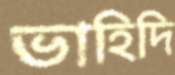
ভাহিদি